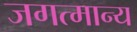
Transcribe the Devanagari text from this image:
जगत्मान्य